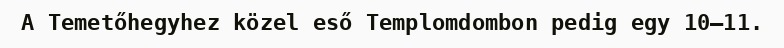
A Temetőhegyhez közel eső Templomdombon pedig egy 10–11.